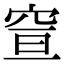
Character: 𥥣